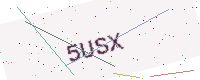
Text: 5USX